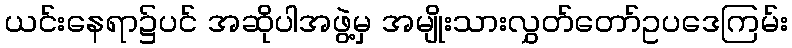
ယင်းနေရာ၌ပင် အဆိုပါအဖွဲ့မှ အမျိုးသားလွှတ်တော်ဥပဒေကြမ်း